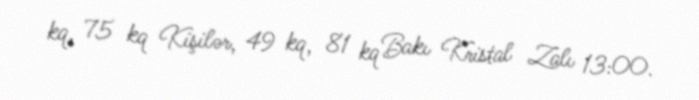
kq, 75 kq Kişilər, 49 kq, 81 kq Bakı Kristal Zalı 13:00.